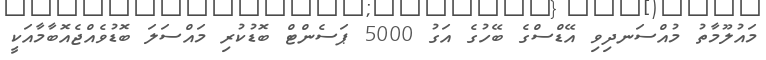
މައުލޫމާތު މުއްސަނދިވި އޭޑްސްގެ ބޭހުގެ އަގު 5000 ޕަސެންޓް ބޮޑުކުރި މައްސަލަ ބޮޑުވެއްޖެއޮބާމާއަކީ